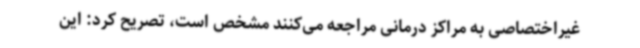
غیراختصاصی به مراکز درمانی مراجعه می‌کنند مشخص است، تصریح کرد: این